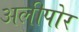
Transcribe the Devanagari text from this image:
अलीपोर